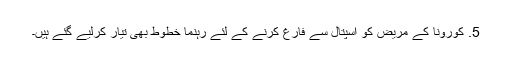
5. کورونا کے مریض کو اسپتال سے فارغ کرنے کے لئے رہنما خطوط بھی تیار کرلیے گئے ہیں۔